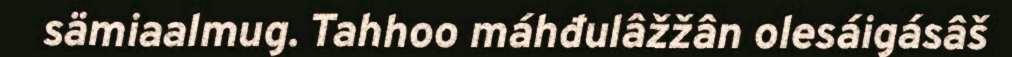
sämiaalmug. Tahhoo máhđulâžžân olesáigásâš